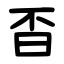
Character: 㫘